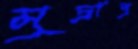
মুদ্রাপ্র